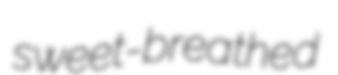
sweet-breathed